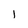
Character: l